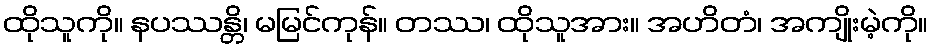
ထိုသူကို။ နပဿန္တိ၊ မမြင်ကုန်။ တဿ၊ ထိုသူအား။ အဟိတံ၊ အကျိုးမဲ့ကို။